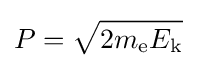
P={\sqrt {2m_{\text{e}}E_{\text{k}}}}